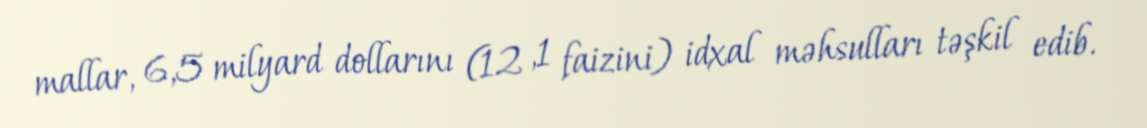
mallar, 6,5 milyard dollarını (12 ,1 faizini) idxal məhsulları təşkil edib.